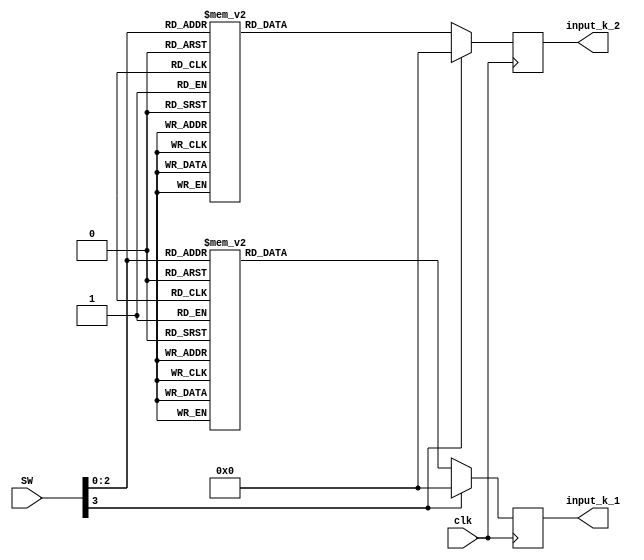
module gen_input_k(
    input clk,
    input [3:0] SW,
    output [15:0] input_k_1,
    output [15:0] input_k_2
    );
    
    reg [15:0] input_k_1;
    reg [15:0] input_k_2;
    
    always @(posedge clk)
    begin
        case (SW)
            4'b0000 : input_k_1 <=  16'b0010_0000_0000_0000;     // k1 = 8
            4'b0001 : input_k_1 <=  16'b0010_0000_0000_0000;     // k1 = 8       
            4'b0010 : input_k_1 <=  16'b0001_0100_0000_0000;     // k1 = 5
            4'b0011 : input_k_1 <=  16'b0001_0100_0000_0000;     // k1 = 5
            4'b0100 : input_k_1 <=  16'b0001_1000_0000_0000;     // k1 = 6
            4'b0101 : input_k_1 <=  16'b0001_1100_0000_0000;     // k1 = 7       
            4'b0110 : input_k_1 <=  16'b0010_0000_0000_0000;     // k1 = 8
            4'b0111 : input_k_1 <=  16'b0010_0100_0000_0000;     // k1 = 9
                               default : input_k_1 <= 16'd0;        
        endcase
    end

    always @(posedge clk)
    begin
        case (SW)
            4'b0000 : input_k_2 <=  16'b0010_0000_0000_0000;     // k2 = 8
            4'b0001 : input_k_2 <=  16'b0001_0100_0000_0000;     // k2 = 5       
            4'b0010 : input_k_2 <=  16'b0010_0000_0000_0000;     // k2 = 8
            4'b0011 : input_k_2 <=  16'b0001_0100_0000_0000;     // k2 = 5       
            4'b0100 : input_k_2 <=  16'b0001_1000_0000_0000;     // k2 = 6
            4'b0101 : input_k_2 <=  16'b0001_1100_0000_0000;     // k2 = 7       
            4'b0110 : input_k_2 <=  16'b0010_0000_0000_0000;     // k2 = 8
            4'b0111 : input_k_2 <=  16'b0010_0100_0000_0000;     // k2 = 9
            default : input_k_2 <= 16'd0;        
        endcase
    end

endmodule